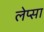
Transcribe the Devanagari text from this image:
लेप्सा